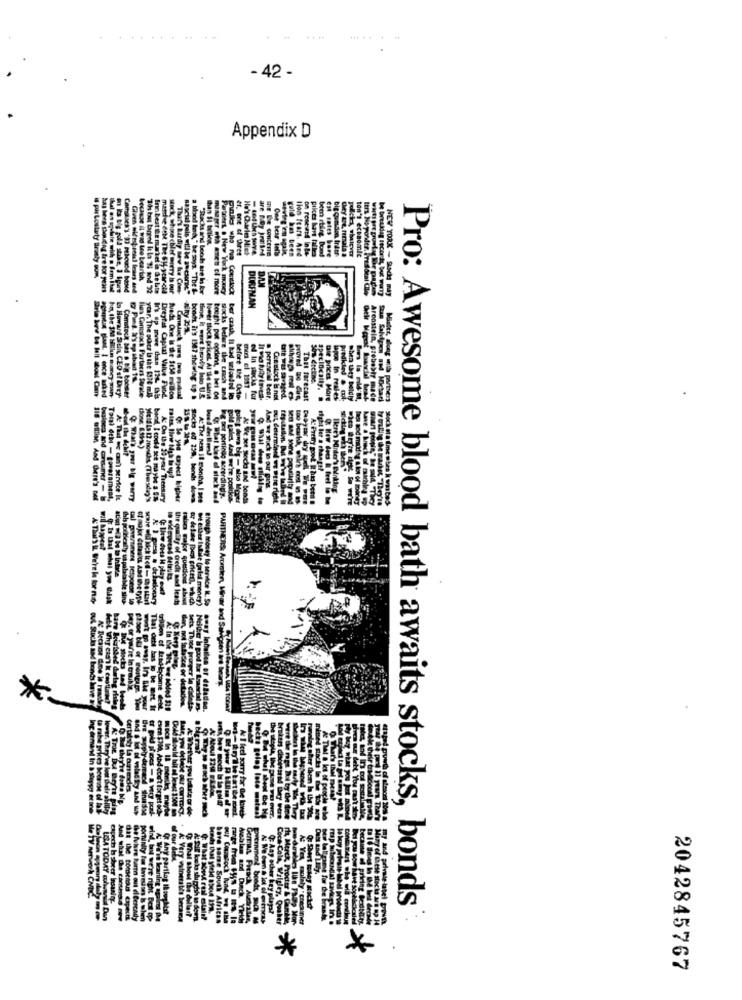
- 42 -
Appendix D
TORX
earth
V& The's
k money
Contlock
DORFMAN
13 1347 she
ThRI fore
La Howard Sun CEO of Dety-
les Cormack Partaces Strale
od In stocks
Sha dretne
haptik plaat. I ence asked
Comstock Das . Bin boomer
ycar. The ochcr la the $320 ml.
Dreyfus Capital Value Fund.
lower Block pricet. At the same
bought put codlent, @ bri Ch
Socks belere the tnch and
before the Octo
& pereselal bear.
specifically. .
Die prices More
lapos in reales
wodkind & moi-
when they boldly
Madmen
At That we can service It
bord I could see maybe a 5%
At On the 13year Tiensiry
At The nen il montha. I see
RE Ber portinge sererdingy.
Ve set Sech ind bonds
score afd kuck Ic of - the start
tionary
the quality of Credit and leads
er delase poort prices), which
we eller Istile (orsol money)
Brough mocky to service IL. Sa
PARTNERS: Amolen, Mirar
*
r delladen
Pro: Awesome blood bath awaits stocks, bonds
*
*
.
2042845767